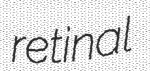
retinal